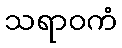
သရာဝကံ